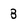
Character: 8